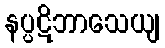
နပ္ပဋိဘာသေယျ